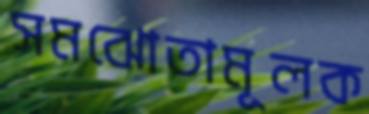
সমঝোতামূলক